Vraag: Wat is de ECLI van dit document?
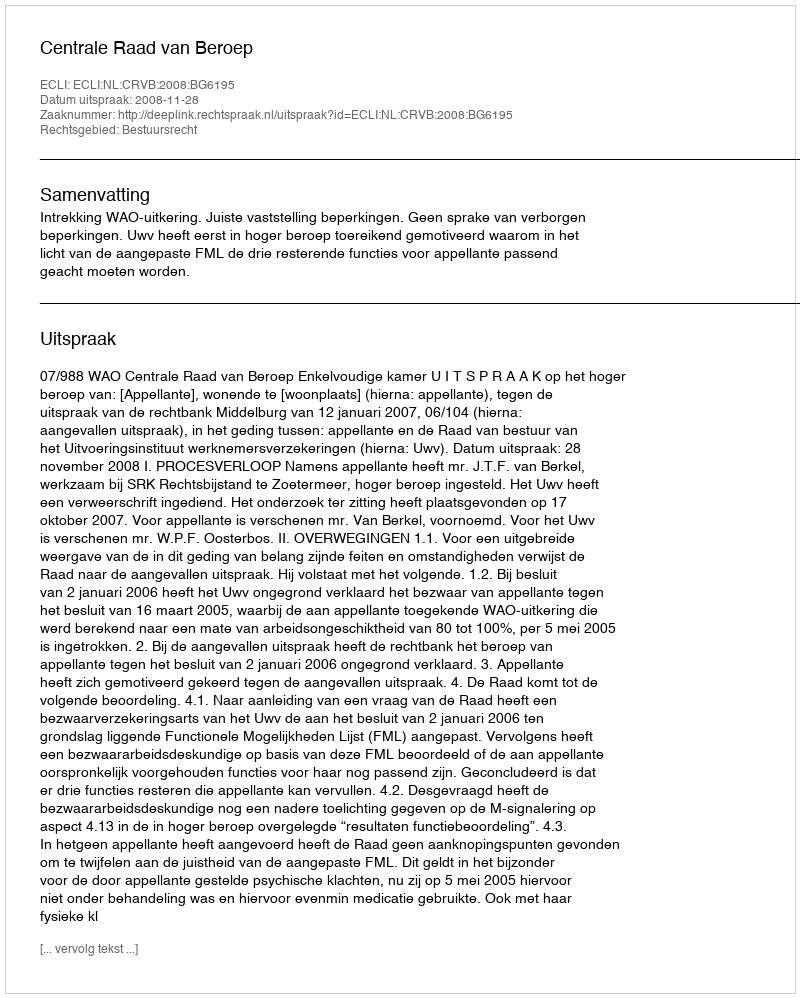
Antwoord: ECLI:NL:CRVB:2008:BG6195